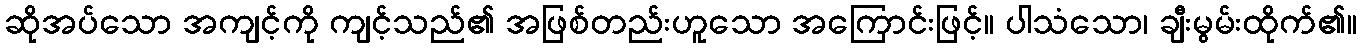
ဆိုအပ်သော အကျင့်ကို ကျင့်သည်၏ အဖြစ်တည်းဟူသော အကြောင်းဖြင့်။ ပါသံသော၊ ချီးမွမ်းထိုက်၏။